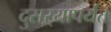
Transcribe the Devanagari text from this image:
दुसऱ्यापर्यंत